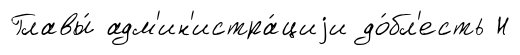
Главы́ адм'ин'истра́циjи до́бл'есть Н